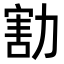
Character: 𠢆